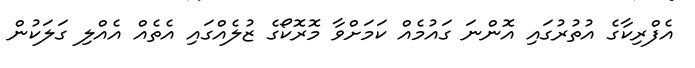
އެފްރިކާގެ އުތުރުގައި އޮންނަ ގައުމެއް ކަމަށްވާ މޮރޮކޯގެ ޒުލެއްގައި އެތެއް އެއްލި ގަލަކުން